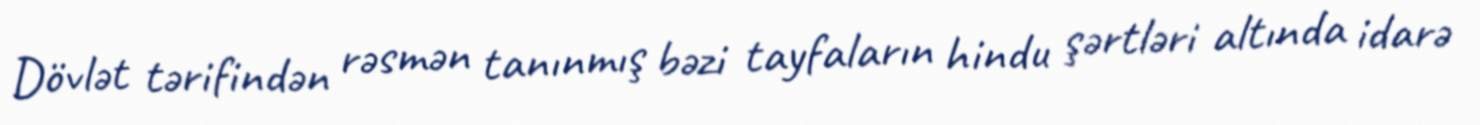
Dövlət tərifindən rəsmən tanınmış bəzi tayfaların hindu şərtləri altında idarə